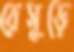
রেসুড়ে